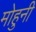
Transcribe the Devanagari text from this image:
मोहुनी